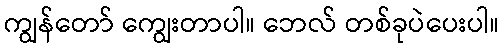
ကျွန်တော် ကျွေးတာပါ။ ဘေလ် တစ်ခုပဲပေးပါ။